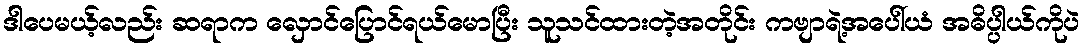
ဒါပေမယ့်လည်း ဆရာက လှောင်ပြောင်ရယ်မောပြီး သူသင်ထားတဲ့အတိုင်း ကဗျာရဲ့အပေါ်ယံ အဓိပ္ပါယ်ကိုပဲ